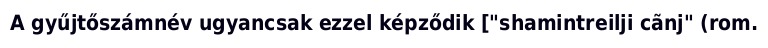
A gyűjtőszámnév ugyancsak ezzel képződik ["shamintreilji cãnj" (rom.